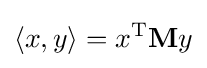
\langle x,y\rangle =x^{\operatorname {T} }\mathbf {M} y